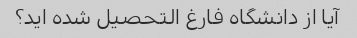
آیا از دانشگاه فارغ التحصیل شده اید؟